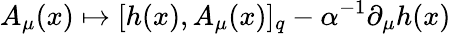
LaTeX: A_{\mu}(x)\mapsto[h(x),A_{\mu}(x)]_{q}-\alpha^{-1}\partial_{\mu}h(x)